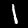
Digit: 1